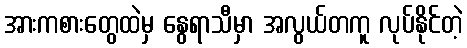
အားကစားတွေထဲမှ နွေရာသီမှာ အလွယ်တကူ လုပ်နိုင်တဲ့